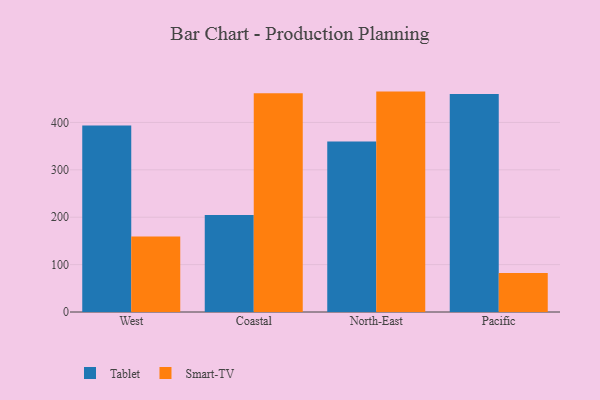
{"axis": {"x": "Region", "y": "Customer Acquisition Cost (USD)"}, "legend": ["Smart-TV", "Tablet"], "data": [{"x": "West", "y": 393.8, "type": "Tablet"}, {"x": "West", "y": 159.5, "type": "Smart-TV"}, {"x": "Coastal", "y": 204.9, "type": "Tablet"}, {"x": "Coastal", "y": 461.7, "type": "Smart-TV"}, {"x": "North-East", "y": 360.0, "type": "Tablet"}, {"x": "North-East", "y": 465.1, "type": "Smart-TV"}, {"x": "Pacific", "y": 459.9, "type": "Tablet"}, {"x": "Pacific", "y": 82.4, "type": "Smart-TV"}]}